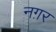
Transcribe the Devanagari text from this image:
नग़र